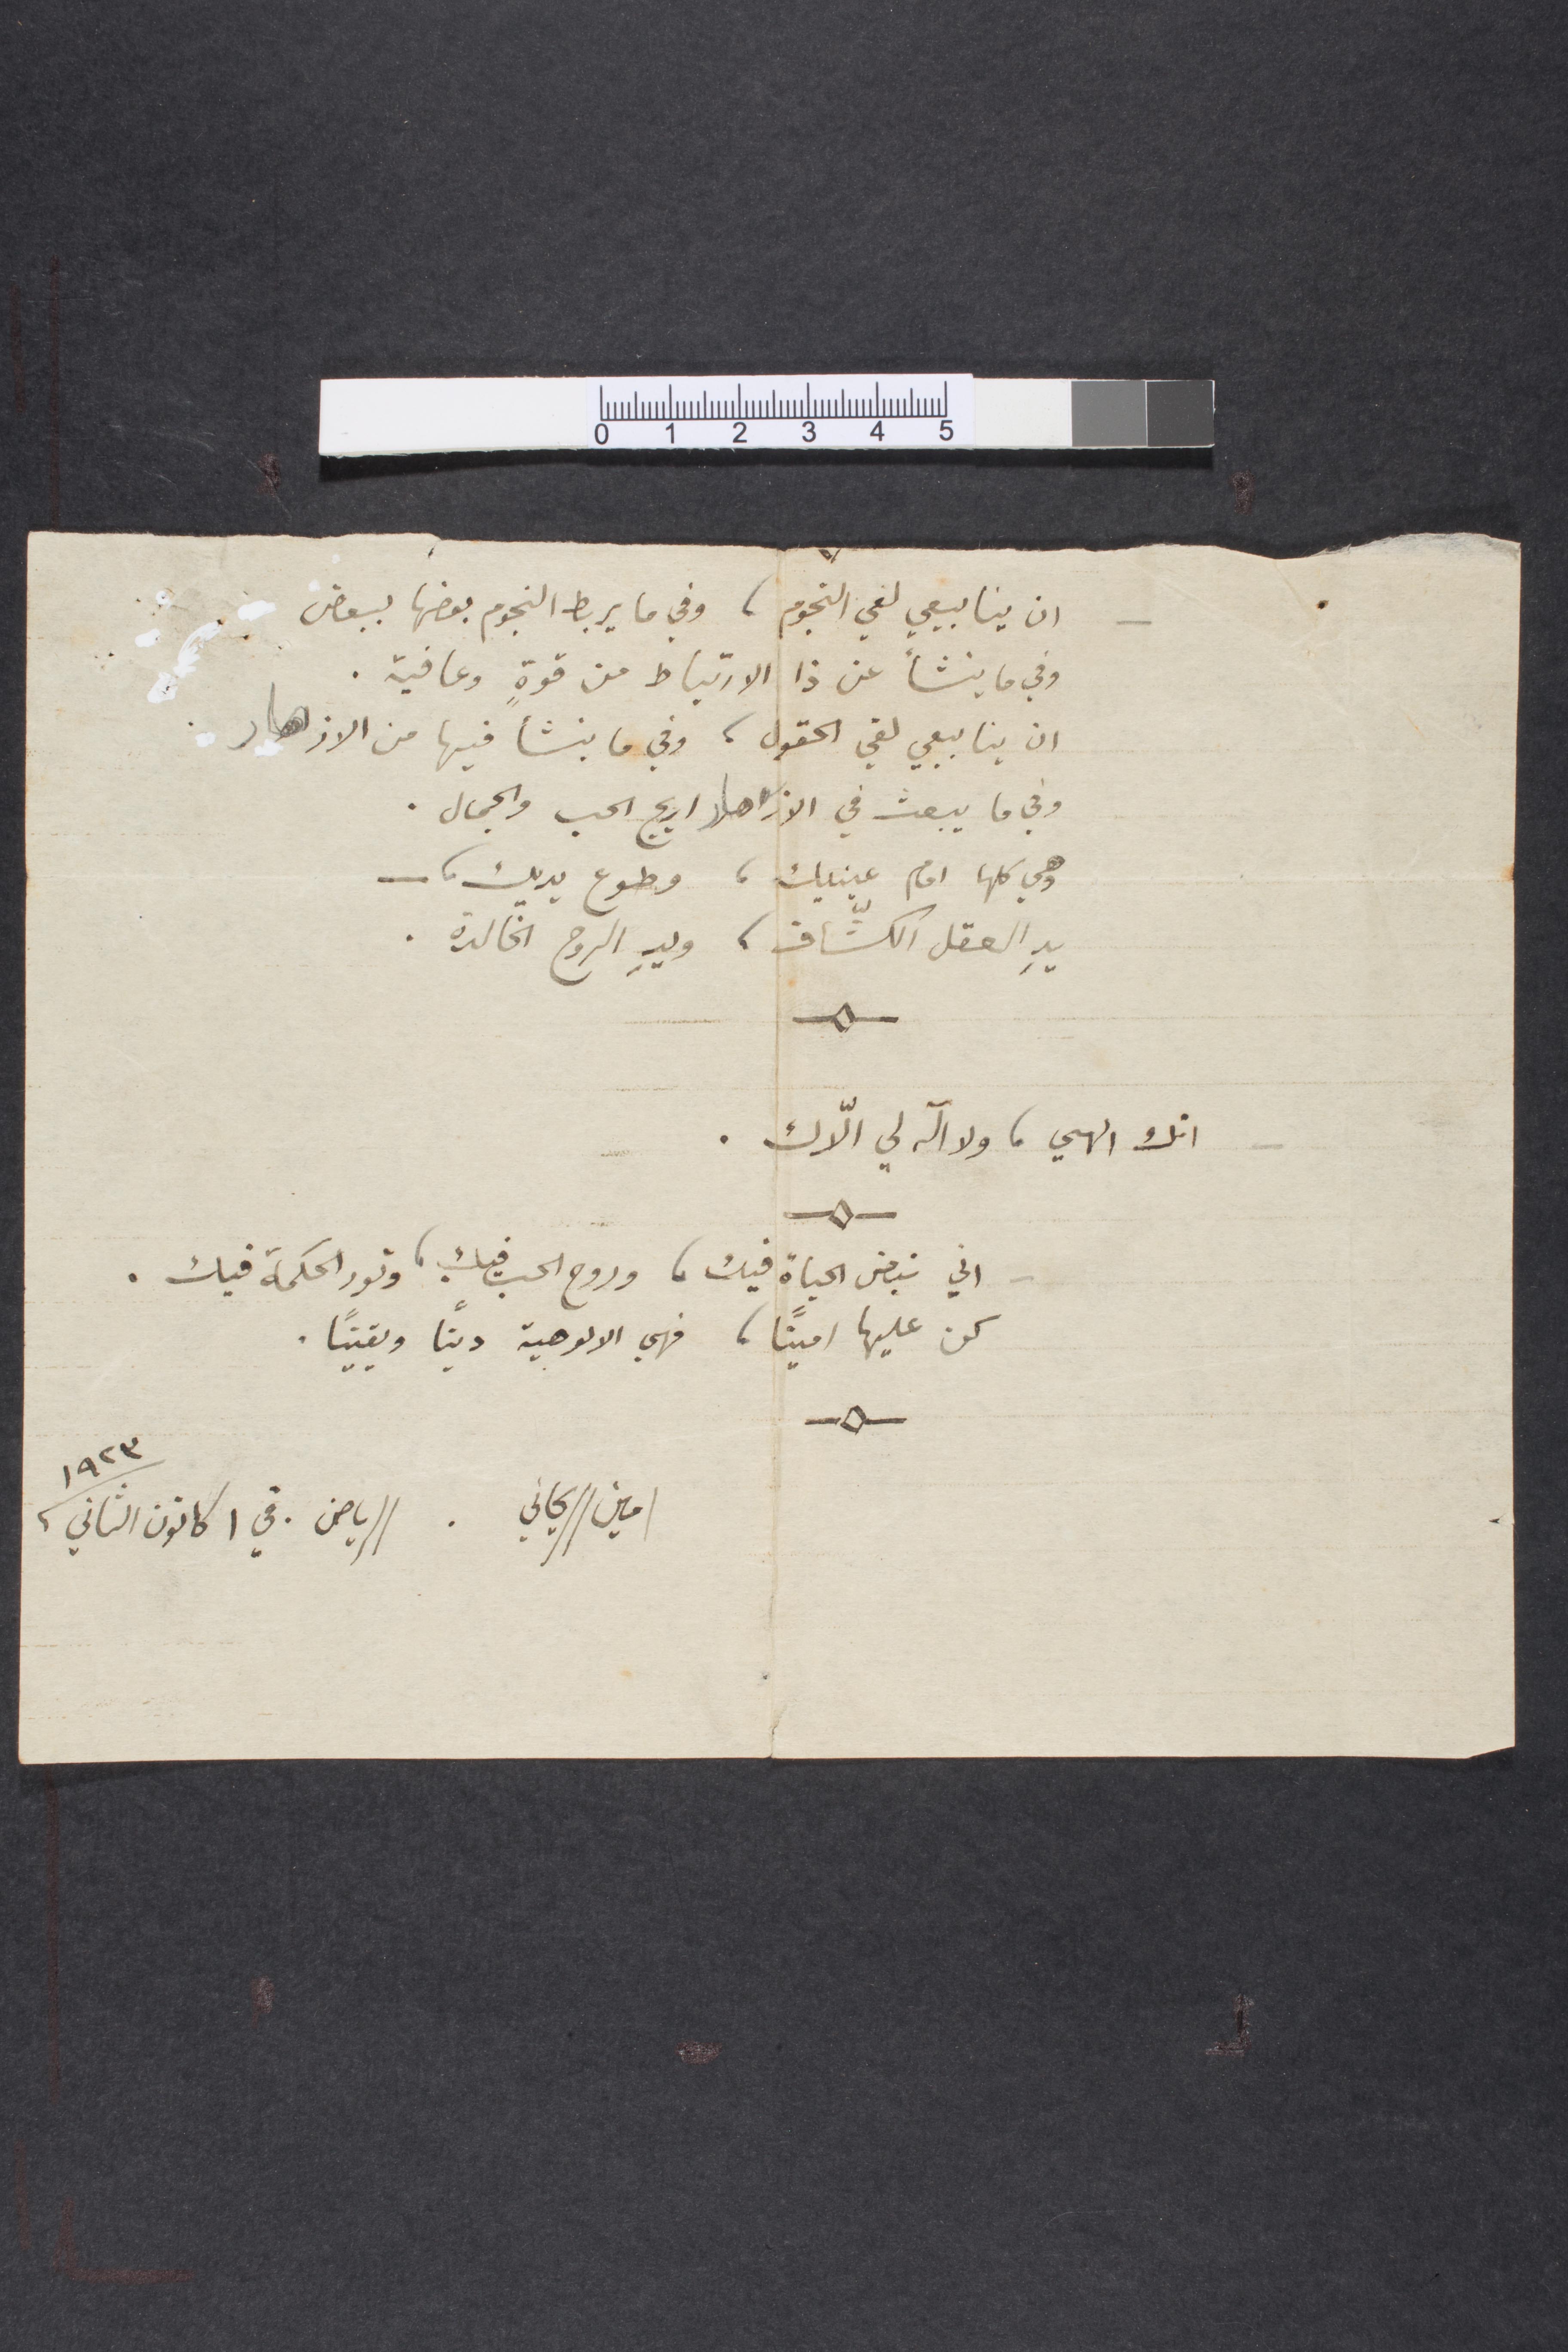
ان ينابيعي لفي النجوم، وفي ما يربط النجوم بعضها ببعض
وفي ما ينشأ عن ذا الارتباط من قوة وعافية.
ان ينابيعي لفي الحقول، وفي ما ينشأ فيها من الازهار
وفي ما يبعث في الازهار اريج الحب والجمال.
وهي كلها امام عينيك، وطوع يديك__
يد العقل الكشّاف، ويد الروح الخالدة.
انك الهي، ولا اله لي إلّاك.
اني نبض الحياة فيك، وروح الحب فيك، ونور الحكمة فيك.
كن عليها أمينًا، فهي الالوهية دينا ويقينا.
١٩٢٣
امين الريحاني. الرياض في ١ كانون الثاني